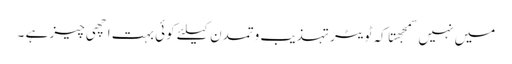
میں نہیں سمجهتا کہ ٹویٹر تہذیب وتمدن کیلئے کوئی بہت اچهی چیز ہے ۔